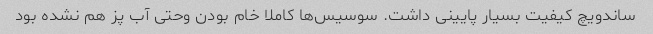
ساندویچ کیفیت بسیار پایینی داشت. سوسیس‌ها کاملا خام بودن وحتی آب پز هم نشده بود